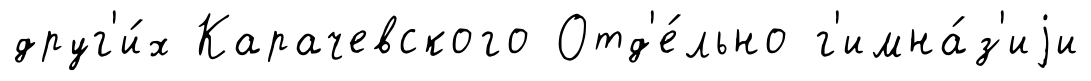
друг'и́х Карачевского Отд'е́льно г'имна́з'иjи